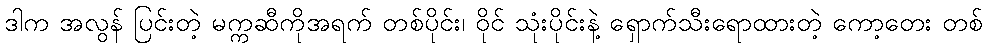
ဒါက အလွန် ပြင်းတဲ့ မက္ကဆီကိုအရက် တစ်ပိုင်း၊ ဝိုင် သုံးပိုင်းနဲ့ ရှောက်သီးရောထားတဲ့ ကော့တေး တစ်